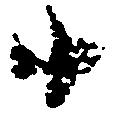
由